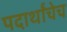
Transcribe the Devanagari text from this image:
पदार्थांचेच